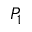
P _ { 1 }